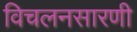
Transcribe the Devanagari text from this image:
विचलनसारणी